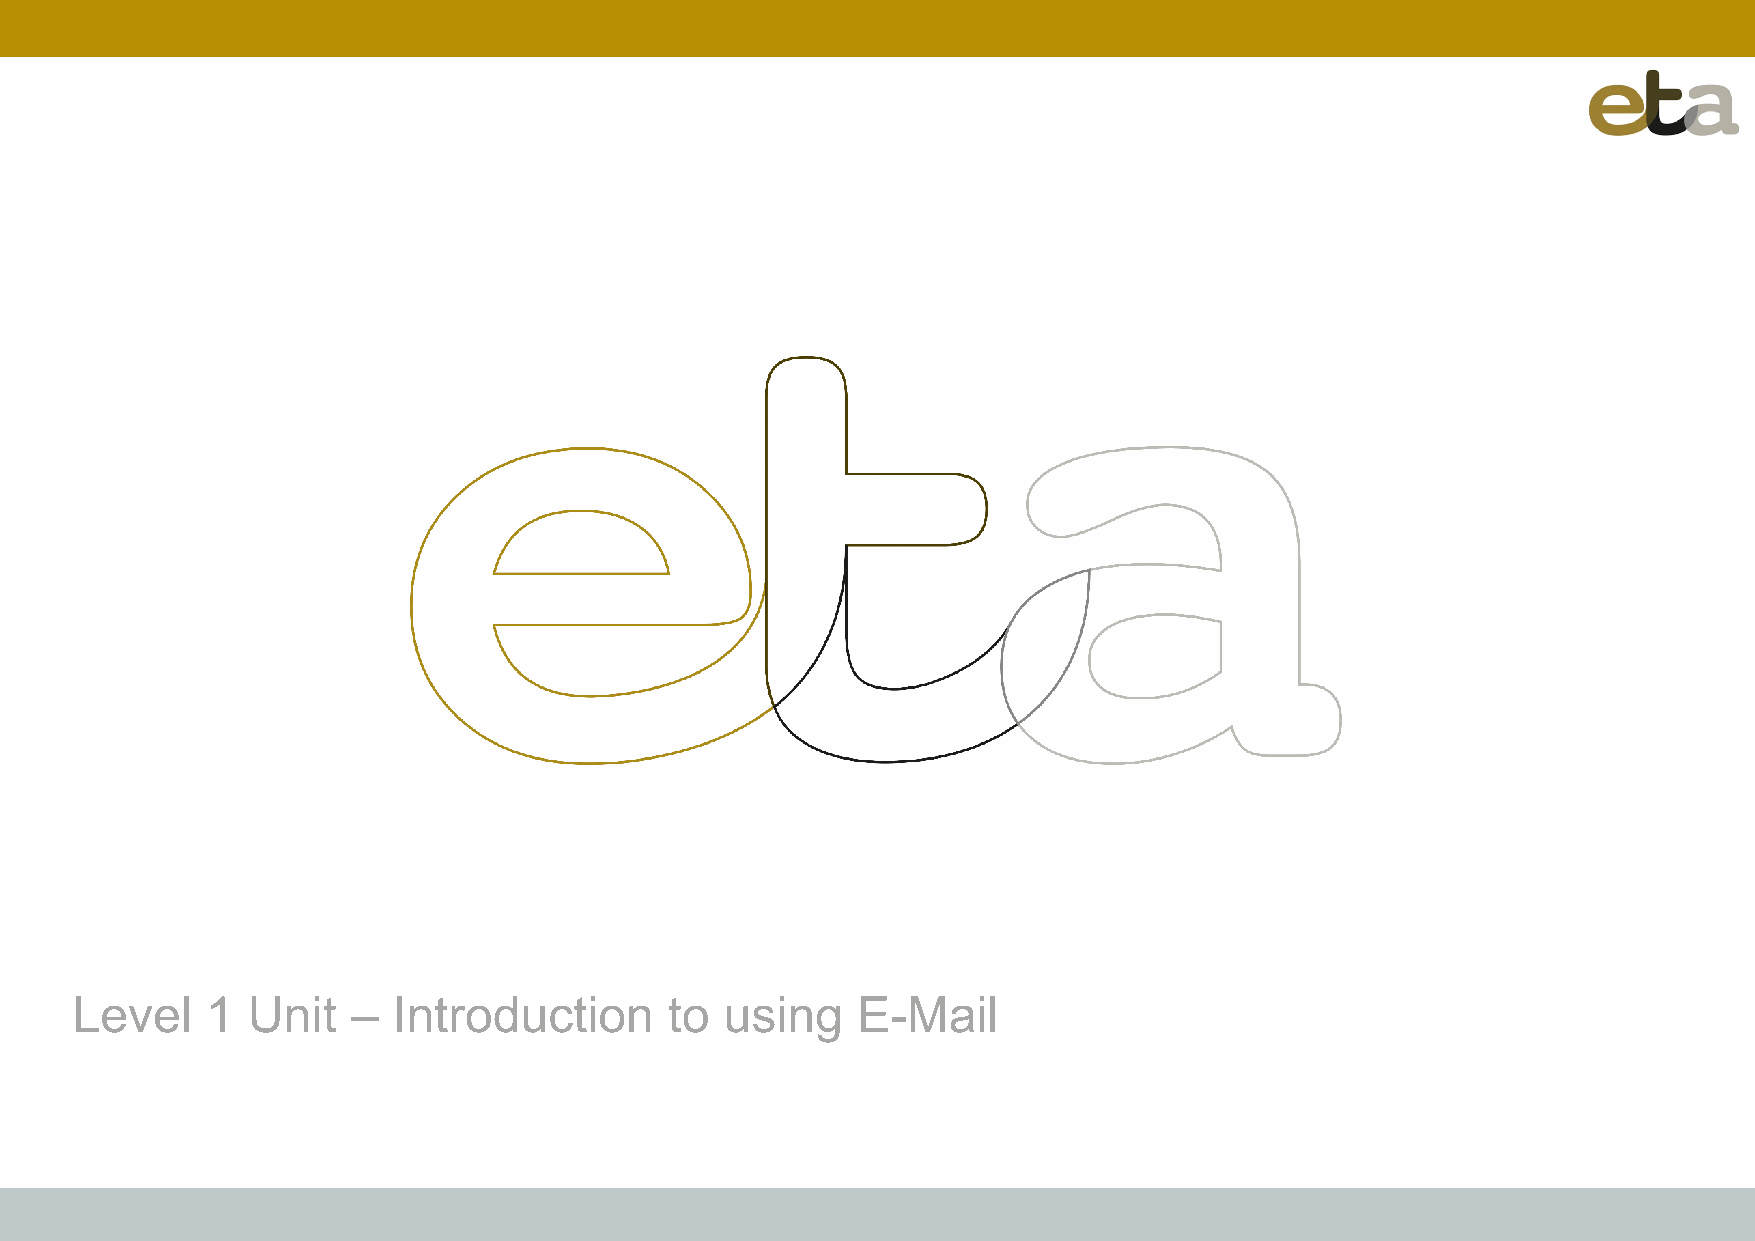
Level    1 Unit   –  Introduction      to  using    E-Mail